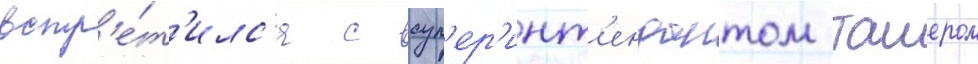
встр'е́т'илс'я с суп'ер'инт'ендантом таиером